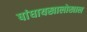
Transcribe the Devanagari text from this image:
षांघायखालोखाल